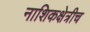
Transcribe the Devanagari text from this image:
नाशिकक्षेत्रीच